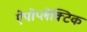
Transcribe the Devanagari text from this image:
ऐपोप्लेक्टिक